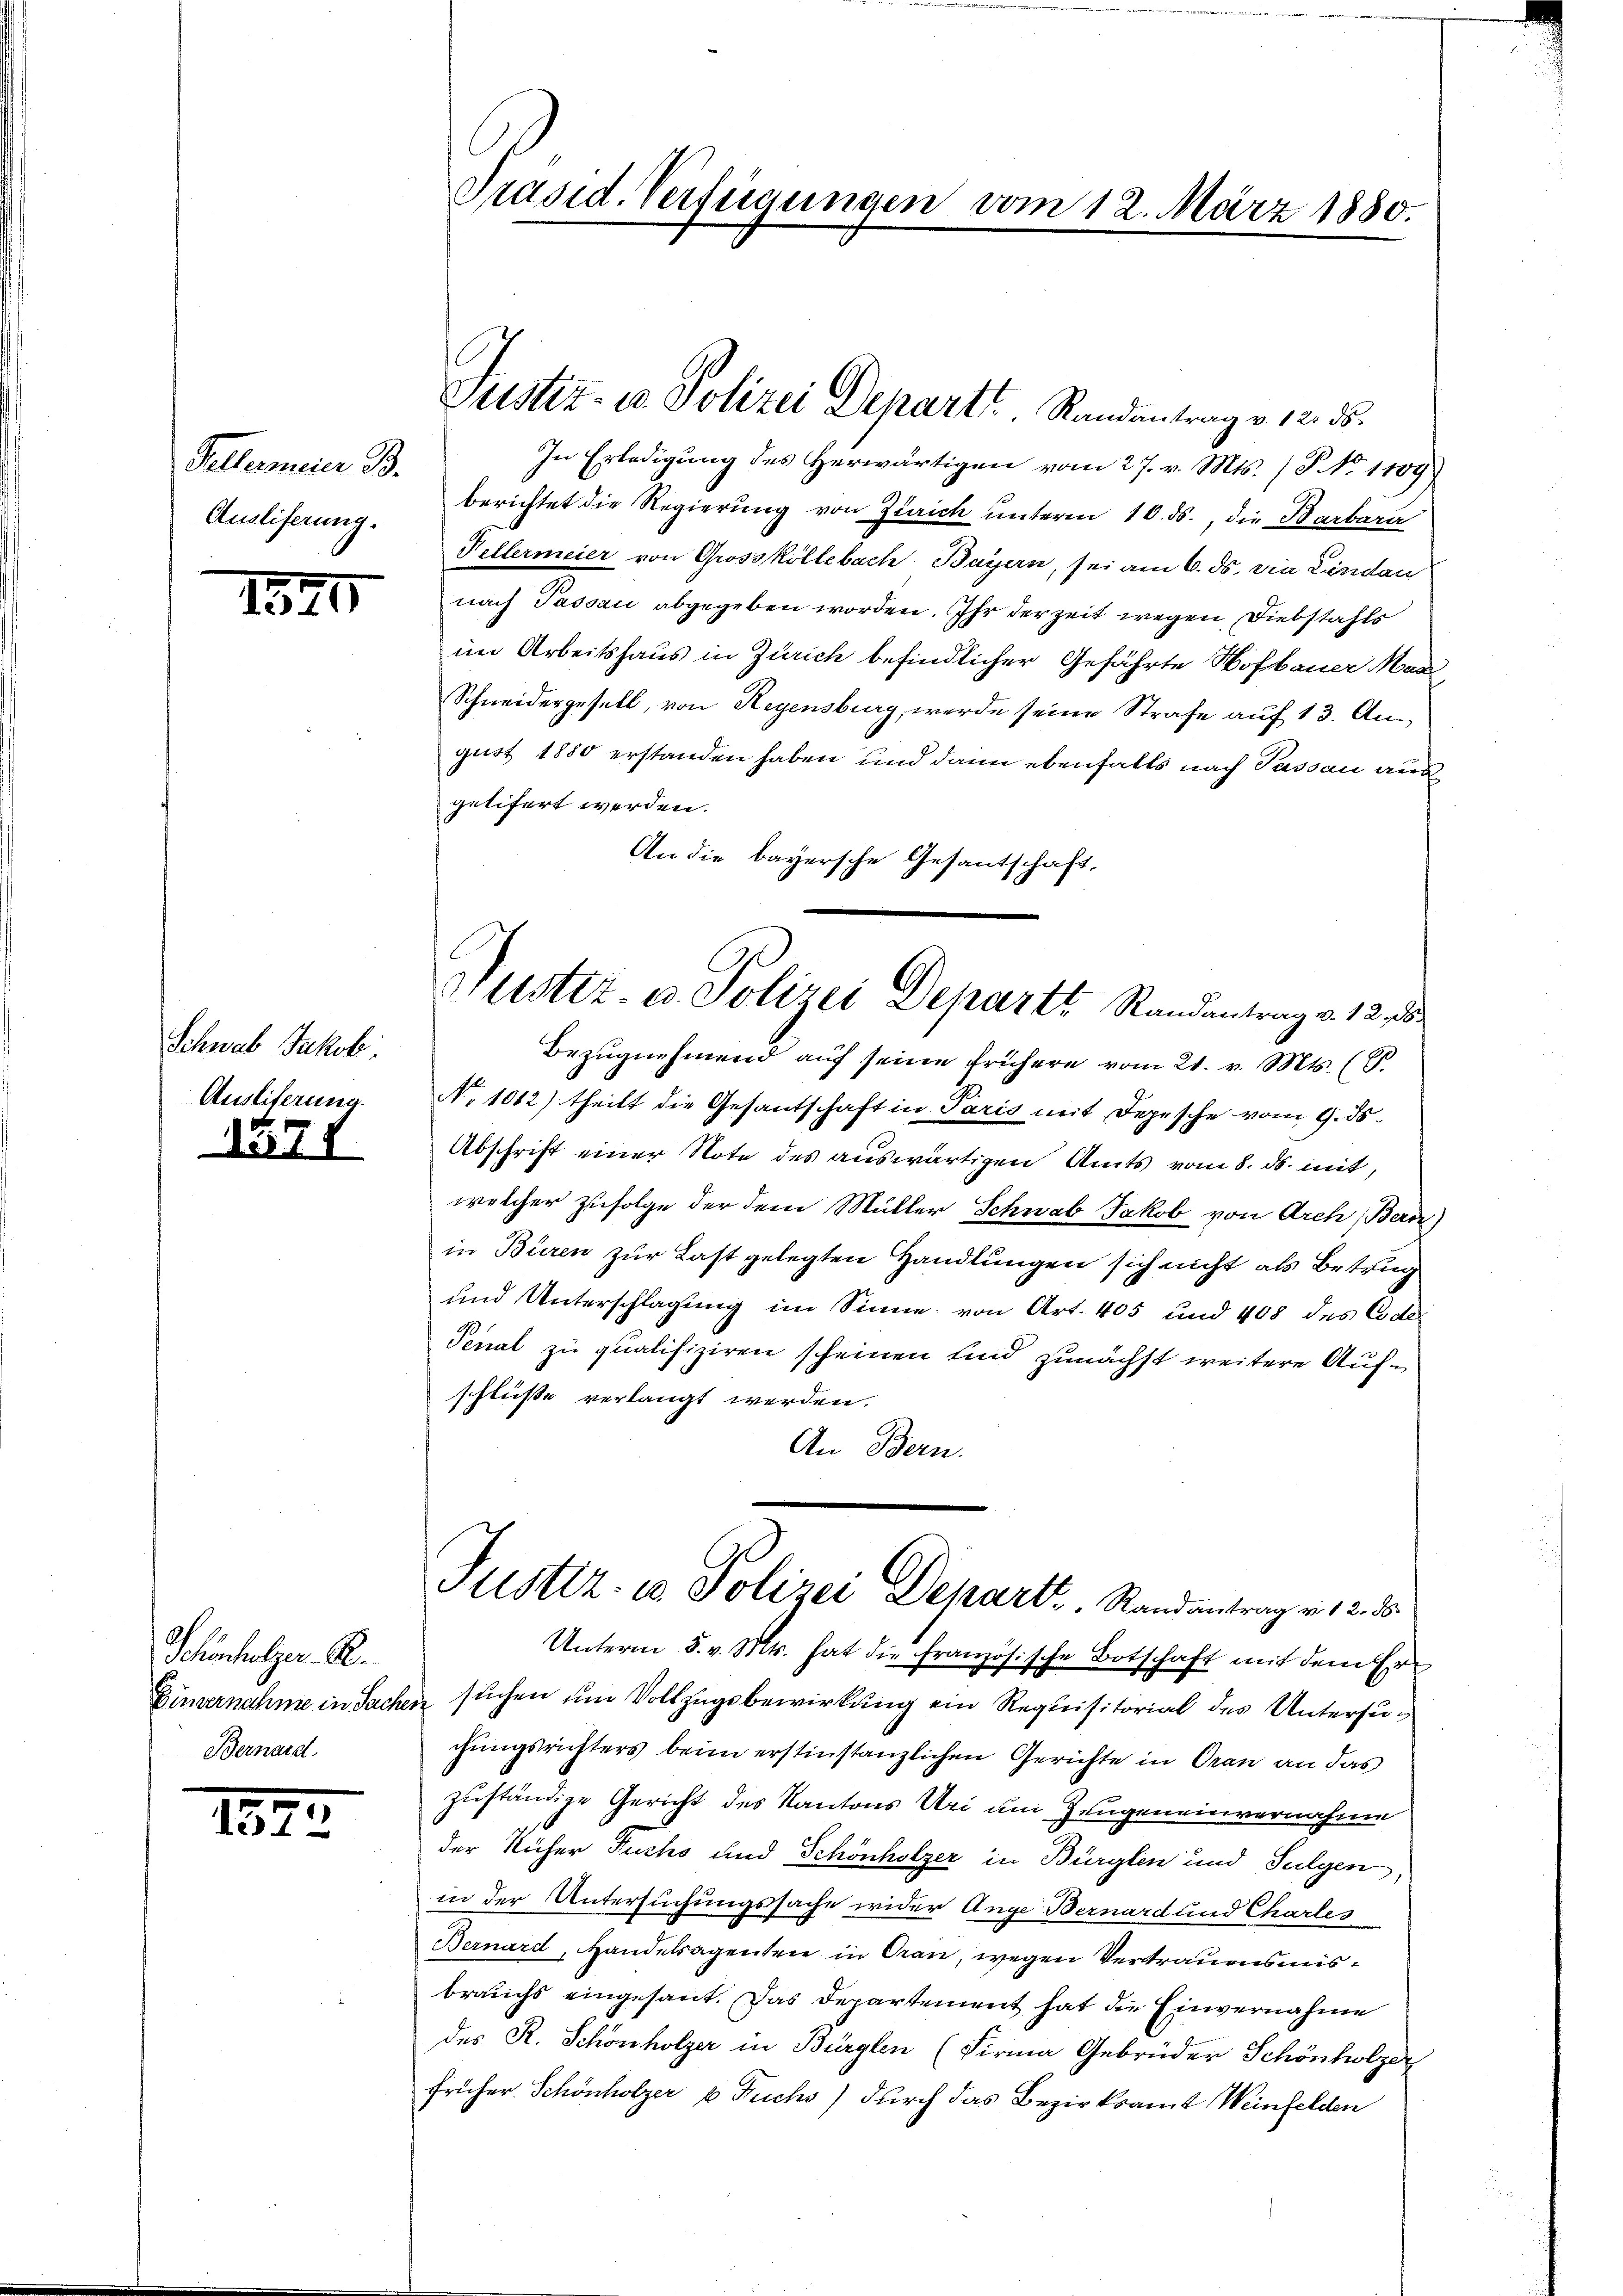
Tellermeier B.
Ausliferung.

1540

Schwab Jakob.
Ausliferung

1571

Schönholzer. R.
Einvernahme in Sache
Bernard

1825.

Präsid. Verfügungen vom 12. März 1880.

Justiz- u Polizei Departt. Randantrag v. 12. ds.

Nustiz- u. Polizei Depart Randantrag v. 12. 5.

In Erledigung des Herwärtigen vom 27. v. Mts. (T No 1109)
berichtet die Regierung von Zürich unterm 10. ds., die Barbara
Pellermeier von Grossköllebach Bayern, sei am 6. ds. die Lindau
nach Passau abgegeben worden. Ihr der Zeit wegen Diebstahls
im Arbeitshaus in Zürich befindlicher Gefährte Hofbauer Maa
Schneidergesell, von Regensburg, werde seine Strafe auf 13. Angust 1880 erstanden haben und dann ebenfalls nach Passau aus
gelifert werden.
An die bayersche Gesa
tschaft.
Bezŭgnehmend auf seine frühere vom 21. v. Mts. (T.
No 1012) theilt die Gesantschaft in Paris mit Depesche vom 9. ds.
Abschrift einer Note des auswärtigen Amts vom 8. ds. mit,
welcher Zufolge der dem Müller Schwab Jakob von Arch Bern,
in Büren zur Last gelegten Handlungen sich nicht als Betrug
und Unterschlagung im Sinne von Art. 405 und 408 des Code
Penal zu qualifiziren scheinen und zunächst weitere Aufschlüsse verlangt werden.
An Bern.
Justiz- u Polizei Depart. Randantrag v. 12. 8
Unterm 5. v. Mts. hat die französische Botschaft mit dem Ersuchen um Vollzugsbewirkung ein Requisitorial des Untersu¬
¬
chungsrichters beim erstinstanzlichen Gerichte in Oran an das
zuständige Gericht des Kantons Uri um Zeugeneinvernahme
der Rücher Fuchs und Schönholzer in Bürglen und Sulgen,
in der Untersuchungssache wider Auge Bernard und Charles
Bernard, Handelsagenteie in Gran, wegen Vertrauensmisbrauchs eingesant. Das Departement hat die Einvernahme
des R. Schönholzer in Bürglen (Firma Gebrüder Schönholzer
früher. Schönholzer v Fuchs) durch das Bezirksamt Weinfelden